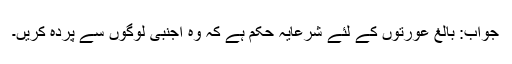
جواب: بالغ عورتوں کے لئے شرعایہ حکم ہے کہ وہ اجنبی لوگوں سے پردہ کریں۔